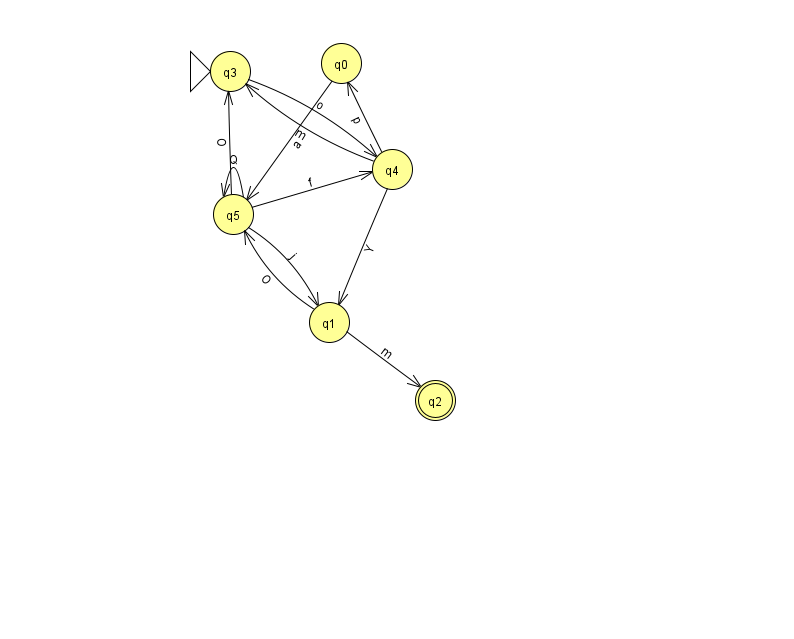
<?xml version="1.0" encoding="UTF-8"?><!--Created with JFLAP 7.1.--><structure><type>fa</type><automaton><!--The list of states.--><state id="0" name="q0"><x>341.0</x><y>50.0</y></state><state id="1" name="q1"><x>329.0</x><y>309.0</y></state><state id="2" name="q2"><x>435.0</x><y>387.0</y><final/></state><state id="3" name="q3"><x>230.0</x><y>58.0</y><initial/></state><state id="4" name="q4"><x>392.0</x><y>156.0</y></state><state id="5" name="q5"><x>233.0</x><y>201.0</y></state><!--The list of transitions.--><transition><from>4</from><to>3</to><read>m</read></transition><transition><from>4</from><to>1</to><read>Y</read></transition><transition><from>5</from><to>5</to><read>Q</read></transition><transition><from>3</from><to>4</to><read>o</read></transition><transition><from>0</from><to>5</to><read>a</read></transition><transition><from>1</from><to>2</to><read>m</read></transition><transition><from>1</from><to>5</to><read>O</read></transition><transition><from>4</from><to>0</to><read>p</read></transition><transition><from>5</from><to>4</to><read>f</read></transition><transition><from>5</from><to>1</to><read>j</read></transition><transition><from>5</from><to>3</to><read>O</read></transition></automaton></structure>